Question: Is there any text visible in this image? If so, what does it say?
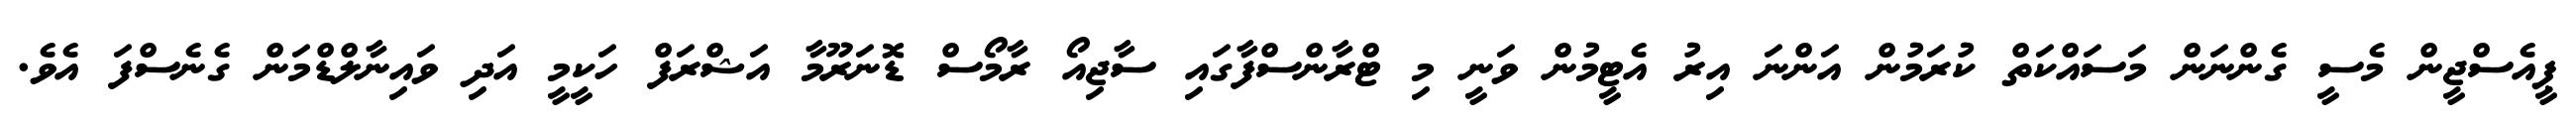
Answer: ޕީއެސްޖީން މެސީ ގެންނަން މަސައްކަތް ކުރަމުން އަންނަ އިރު އެޓީމުން ވަނީ މި ޓްރާންސްފާގައި ސާޖިއޯ ރާމޯސް ޑޮނަރޫމާ އަޝްރަފް ހަކީމީ އަދި ވައިނާލްޑްމަން ގެނެސްފަ އެވެ.